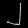
Digit: ၂